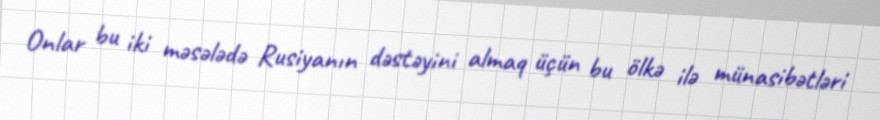
Onlar bu iki məsələdə Rusiyanın dəstəyini almaq üçün bu ölkə ilə münasibətləri